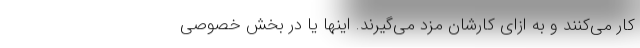
کار می‌کنند و به ازای کارشان مزد می‌گیرند. اینها یا در بخش خصوصی